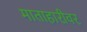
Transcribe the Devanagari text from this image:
माताहारीवर